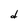
Character: d